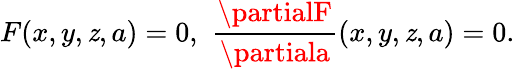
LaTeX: F(x,y,\mathit{z},a)=0,\, \, {\frac{{\partialF}}{{\partiala}}}(x,y,\mathit{z},a)=0.